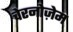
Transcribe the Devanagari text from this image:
चेरनोज़ेम